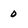
Character: 0